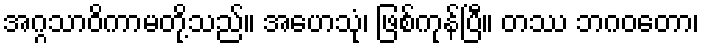
အဂ္ဂသာဝိကာမတို့သည်။ အဟေသုံ၊ ဖြစ်ကုန်ပြီ။ တဿ ဘဂဝတော၊